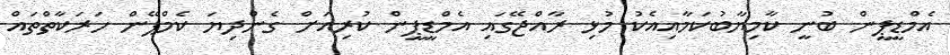
އެމްޑީޕީން ބުނީ ކާމިޔާބުކަމާއިއެކު މުޅި ރާއްޖޭގައި އެމްޑީޕީން ކުރިއަށް ގެންދިޔަ ކެމްޕޭން ހަރަކާތްތައް